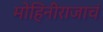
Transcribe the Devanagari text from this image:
मोहिनीराजाचं